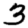
Digit: 3